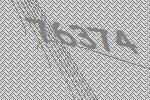
76374